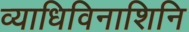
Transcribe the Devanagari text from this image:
व्याधिविनाशिनि